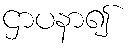
ဌာပနာ၍